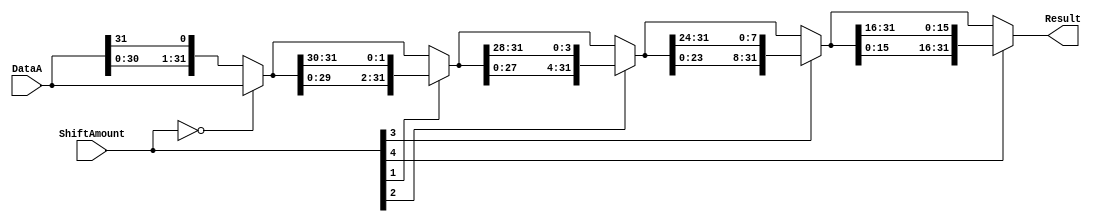
/******************************************************************************
 ** Logisim goes FPGA automatic generated Verilog code                       **
 **                                                                          **
 ** Component : Shifter_32_bit                                               **
 **                                                                          **
 ******************************************************************************/

module Shifter_32_bit( DataA,
                       ShiftAmount,
                       Result);

   /***************************************************************************
    ** Here all module parameters are defined with a dummy value             **
    ***************************************************************************/
   parameter ShifterMode = 1;


   /***************************************************************************
    ** Here the inputs are defined                                           **
    ***************************************************************************/
   input[31:0]  DataA;
   input[4:0]  ShiftAmount;

   /***************************************************************************
    ** Here the outputs are defined                                          **
    ***************************************************************************/
   output[31:0] Result;

   /***************************************************************************
    ** Here the internal wires are defined                                   **
    ***************************************************************************/
   wire[31:0] s_stage_0_result;
   wire s_stage_0_shiftin;
   wire[31:0] s_stage_1_result;
   wire[1:0] s_stage_1_shiftin;
   wire[31:0] s_stage_2_result;
   wire[3:0] s_stage_2_shiftin;
   wire[31:0] s_stage_3_result;
   wire[7:0] s_stage_3_shiftin;
   wire[31:0] s_stage_4_result;
   wire[15:0] s_stage_4_shiftin;

   /***************************************************************************
    ** ShifterMode represents when:                                          **
    ** 0 : Logical Shift Left                                                **
    ** 1 : Rotate Left                                                       **
    ** 2 : Logical Shift Right                                               **
    ** 3 : Arithmetic Shift Right                                            **
    ** 4 : Rotate Right                                                      **
    ***************************************************************************/


   /***************************************************************************
    ** Here stage 0 of the binairy shift tree is defined                     **
    ***************************************************************************/

   assign s_stage_0_shiftin = ((ShifterMode== 1)||(ShifterMode==3)) ?
                              DataA[31] :
                              (ShifterMode== 4) ? DataA[0] : 0;

   assign s_stage_0_result  = (ShiftAmount == 0) ? DataA :
                              ((ShifterMode== 0) || (ShifterMode== 1)) ?
                              {DataA[30:0],s_stage_0_shiftin} :
                              {s_stage_0_shiftin,DataA[31:1]};

   /***************************************************************************
    ** Here stage 1 of the binairy shift tree is defined                     **
    ***************************************************************************/

   assign s_stage_1_shiftin = (ShifterMode== 1) ?
                              s_stage_0_result[31:30] : 
                              (ShifterMode== 3) ?
                              {2{s_stage_0_result[31]}} :
                              (ShifterMode== 4) ?
                              s_stage_0_result[1:0] : 0;

   assign s_stage_1_result  = (ShiftAmount[1]==0) ?
                              s_stage_0_result : 
                              ((ShifterMode== 0)||(ShifterMode== 1)) ?
                              {s_stage_0_result[29:0],s_stage_1_shiftin} :
                              {s_stage_1_shiftin,s_stage_0_result[31:2]};

   /***************************************************************************
    ** Here stage 2 of the binairy shift tree is defined                     **
    ***************************************************************************/

   assign s_stage_2_shiftin = (ShifterMode== 1) ?
                              s_stage_1_result[31:28] : 
                              (ShifterMode== 3) ?
                              {4{s_stage_1_result[31]}} :
                              (ShifterMode== 4) ?
                              s_stage_1_result[3:0] : 0;

   assign s_stage_2_result  = (ShiftAmount[2]==0) ?
                              s_stage_1_result : 
                              ((ShifterMode== 0)||(ShifterMode== 1)) ?
                              {s_stage_1_result[27:0],s_stage_2_shiftin} :
                              {s_stage_2_shiftin,s_stage_1_result[31:4]};

   /***************************************************************************
    ** Here stage 3 of the binairy shift tree is defined                     **
    ***************************************************************************/

   assign s_stage_3_shiftin = (ShifterMode== 1) ?
                              s_stage_2_result[31:24] : 
                              (ShifterMode== 3) ?
                              {8{s_stage_2_result[31]}} :
                              (ShifterMode== 4) ?
                              s_stage_2_result[7:0] : 0;

   assign s_stage_3_result  = (ShiftAmount[3]==0) ?
                              s_stage_2_result : 
                              ((ShifterMode== 0)||(ShifterMode== 1)) ?
                              {s_stage_2_result[23:0],s_stage_3_shiftin} :
                              {s_stage_3_shiftin,s_stage_2_result[31:8]};

   /***************************************************************************
    ** Here stage 4 of the binairy shift tree is defined                     **
    ***************************************************************************/

   assign s_stage_4_shiftin = (ShifterMode== 1) ?
                              s_stage_3_result[31:16] : 
                              (ShifterMode== 3) ?
                              {16{s_stage_3_result[31]}} :
                              (ShifterMode== 4) ?
                              s_stage_3_result[15:0] : 0;

   assign s_stage_4_result  = (ShiftAmount[4]==0) ?
                              s_stage_3_result : 
                              ((ShifterMode== 0)||(ShifterMode== 1)) ?
                              {s_stage_3_result[15:0],s_stage_4_shiftin} :
                              {s_stage_4_shiftin,s_stage_3_result[31:16]};

   /***************************************************************************
    ** Here we assign the result                                             **
    ***************************************************************************/

   assign Result = s_stage_4_result;


endmodule